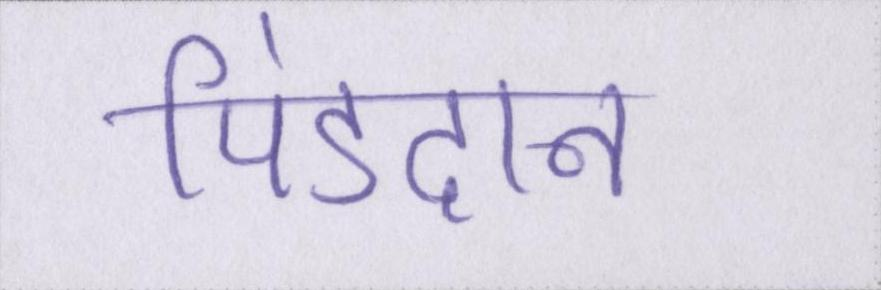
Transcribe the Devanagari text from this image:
पिंडदान